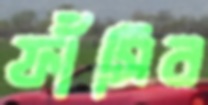
ফাঁসিব